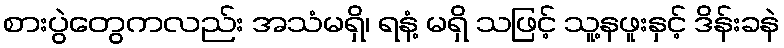
စားပွဲတွေကလည်း အသံမရှိ၊ ရနံ့ မရှိ သဖြင့် သူ့နဖူးနှင့် ဒိန်းခနဲ